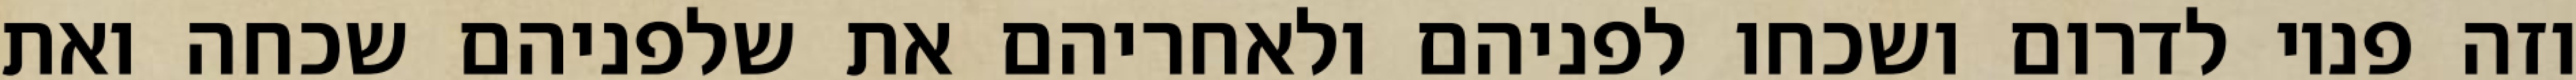
וזה פניו לדרום ושכחו לפניהם ולאחריהם את שלפניהם שכחה ואת